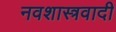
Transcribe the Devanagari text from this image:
नवशास्त्रवादी